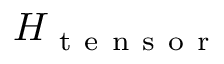
H _ { \mathrm { ~ t ~ e ~ n ~ s ~ o ~ r ~ } }